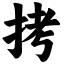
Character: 拷